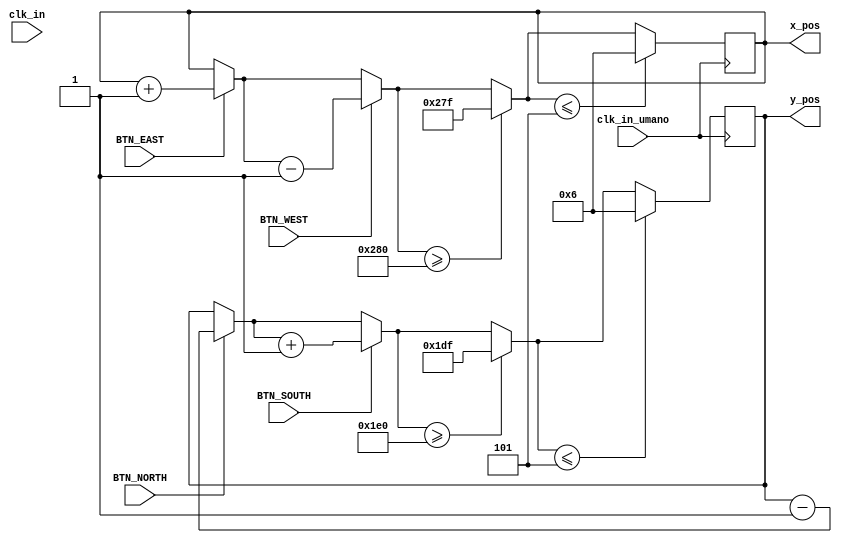
`timescale 1ns / 1ps
//////////////////////////////////////////////////////////////////////////////////
// Company: 
// Engineer: 
// 
// Design Name: 
// Module Name:    mouse_symulator 
// Project Name: 
// Target Devices: 
// Tool versions: 
// Description: 
//
// Dependencies: 
//
// Revision: 
// Revision 0.01 - File Created
// Additional Comments: 
//
//////////////////////////////////////////////////////////////////////////////////
module Module_MouseSimulator(
	clk_in,
	BTN_EAST, BTN_WEST, BTN_NORTH, BTN_SOUTH,
	clk_in_umano,
	x_pos, y_pos
    );
	 
	 
input clk_in, clk_in_umano;
input BTN_EAST, BTN_WEST, BTN_NORTH, BTN_SOUTH;

output reg [9:0] x_pos = 'd360;
output reg [9:0] y_pos = 'd200;

//wire clock_and;
//
//assign clock_and = clk_in & clk_in_umano;

always @(posedge clk_in_umano)
begin
		if (BTN_EAST == 1)
		begin
			x_pos = x_pos + 1;
		end
		if (BTN_WEST == 1)
		begin
			x_pos = x_pos - 1;
		end
		if (BTN_NORTH == 1)
		begin
			y_pos = y_pos - 1;
		end
		if (BTN_SOUTH == 1)
		begin
			y_pos = y_pos + 1;
		end
		
		//PBC
		if (x_pos >= 10'd640)
			x_pos = 10'd639;
		if (y_pos >= 10'd480)
			y_pos = 10'd479;
		if (x_pos <= 10'd5)
			x_pos = 10'd6;
		if (y_pos <= 10'd5)
			y_pos = 10'd6;
		
		

end

endmodule